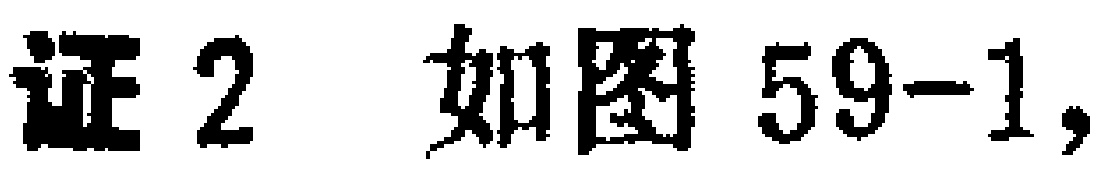
证2 如图59-1,